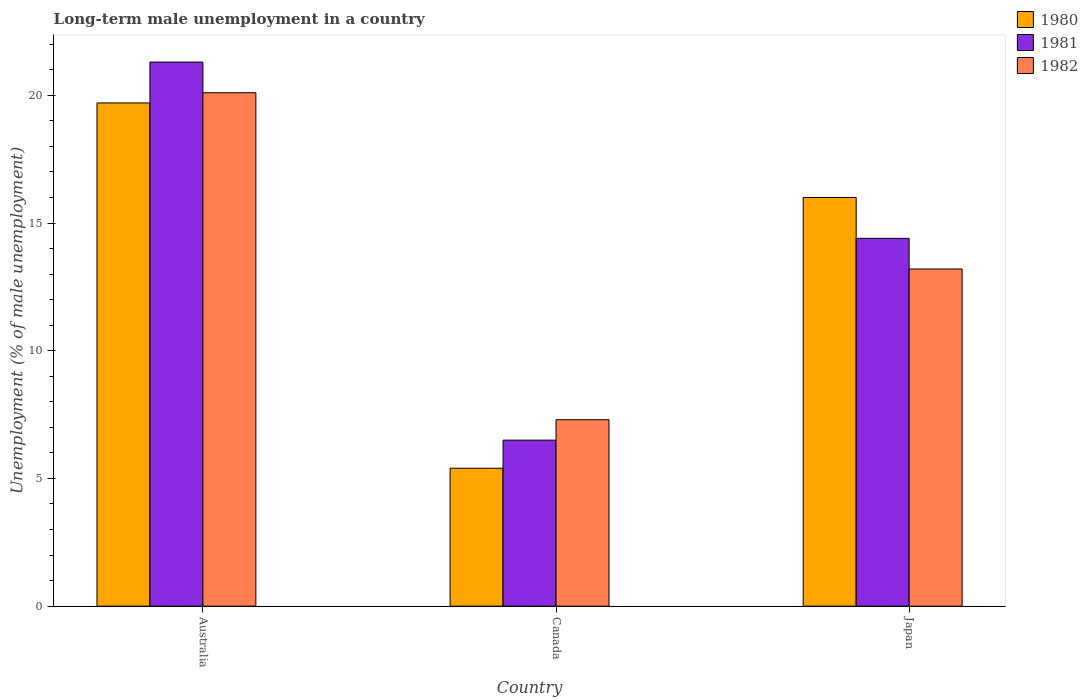
| Country | 1980 | 1981 | 1982 |
 | --- | --- | --- | --- |
 | Australia | 19.7 | 21.3 | 20.1 |
 | Canada | 5.4 | 6.5 | 7.3 |
 | Japan | 16 | 14.4 | 13.2 |